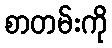
စာတမ်းကို